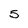
Character: 5